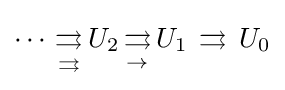
\cdots \,{\underset {\rightrightarrows }{\rightrightarrows }}\,U_{2}\,{\underset {\rightarrow }{\rightrightarrows }}\,U_{1}\,\rightrightarrows \,U_{0}